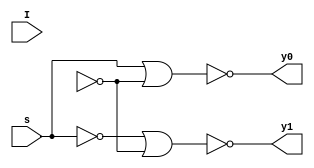
`timescale 1ns / 1ps
//////////////////////////////////////////////////////////////////////////////////
// Company: 
// Engineer: 
// 
// Design Name: 
// Module Name: DMUX_2x1_GL_Fun-com
// Project Name: 
// Target Devices: 
// Tool Versions: 
// Description: 
// 
// Dependencies: 
// 
// Revision:
// Revision 0.01 - File Created
// Additional Comments:
// 
/////////////////////////////////_/////////////////////////////////////////////////


module DMUX_2x1_GL_Funcom(


input I,s, 
output y0,y1

    );
    
not n1(sn,s);
not n2(In,n);
nor nr1(y0,s,In);
nor nrg2(y1,sn,In);
    
endmodule